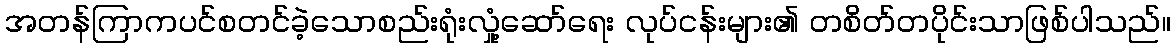
အတန်ကြာကပင်စတင်ခဲ့သောစည်းရုံးလှုံ့ဆော်ရေး လုပ်ငန်းများ၏ တစိတ်တပိုင်းသာဖြစ်ပါသည်။